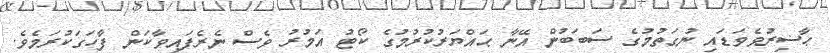
ޙާޟިރުވެވަޑައި ނުގަތުމުގެ ސަބަބުން އޭނާ ޙައްޔަރުކުރުމުގެ ކޯޓު އަމުރު ވެސް ނެރެފައިވާކަން ފާހަގަކުރަމެވެ.